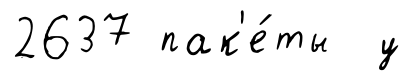
2637 пак'е́ты у